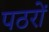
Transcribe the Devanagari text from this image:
पठरों